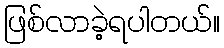
ဖြစ်လာခဲ့ရပါတယ်။